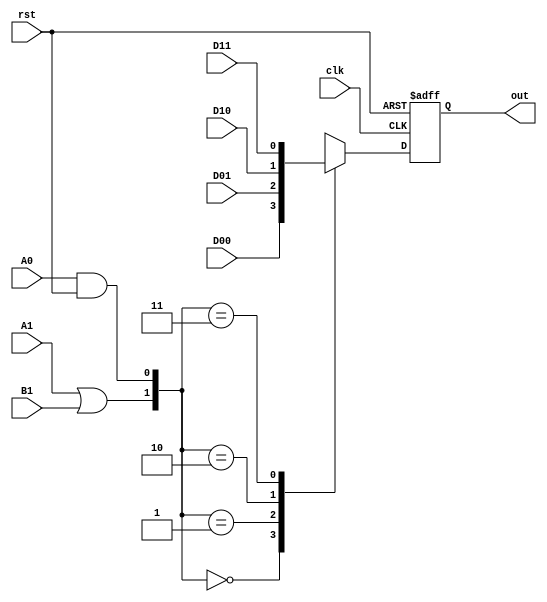
module Actel_S1(
    input rst, clk, 
          D00, D01, D10, D11, A1, B1, A0, 

    output reg out
);

    wire[0:0] S0 = A0 & rst;
    wire[0:0] S1 = A1 | B1;
    wire[1:0] sel = {S1, S0};

    always @(posedge clk or posedge rst) begin
        if (rst)  
            out <= 1'b0;
        else begin
            case(sel)
                2'b00 : out <= D00;
                2'b01 : out <= D01;
                2'B10 : out <= D10;
                2'B11 : out <= D11;
            endcase
        end
    end

endmodule